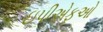
ઇપીએફઓ